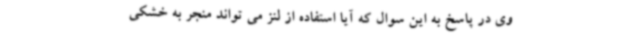
وی در پاسخ به این سوال که آیا استفاده از لنز می تواند منجر به خشکی